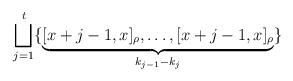
LaTeX: \begin{align*}\bigsqcup_{j=1}^t \{ \underbrace{[x+j-1,x]_\rho, \dots, [x+j-1,x]_\rho}_{k_{j-1}-k_j} \}\end{align*}